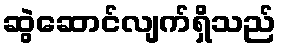
ဆွဲဆောင်လျက်ရှိသည်